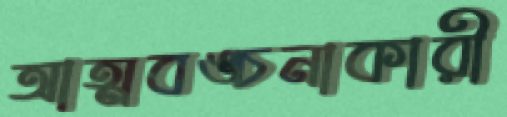
আত্মবঙ্চনাকারী